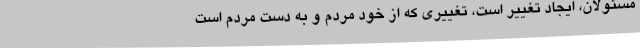
مسئولان، ایجاد تغییر است، تغییری که از خود مردم و به دست مردم است